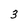
Character: 3